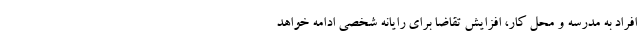
افراد به مدرسه و محل کار، افزایش تقاضا برای رایانه شخصی ادامه خواهد